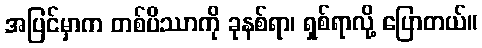
အပြင်မှာက တစ်ပိဿာကို ခုနစ်ရာ၊ ရှစ်ရာလို့ ပြောတယ်။